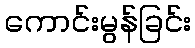
ကောင်းမွန်ခြင်း